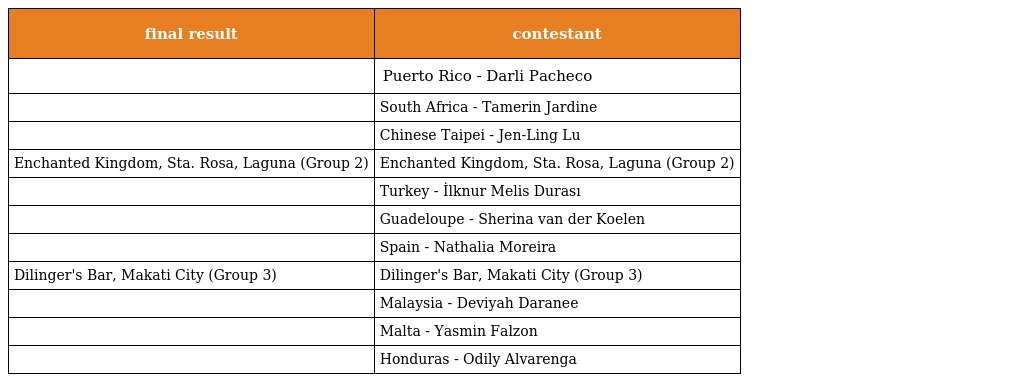
| final result | contestant |
 | --- | --- |
 |  | Puerto Rico - Darli Pacheco |
 |  | South Africa - Tamerin Jardine |
 |  | Chinese Taipei - Jen-Ling Lu |
 | Enchanted Kingdom, Sta. Rosa, Laguna (Group 2) | Enchanted Kingdom, Sta. Rosa, Laguna (Group 2) |
 |  | Turkey - İlknur Melis Durası |
 |  | Guadeloupe - Sherina van der Koelen |
 |  | Spain - Nathalia Moreira |
 | Dilinger's Bar, Makati City (Group 3) | Dilinger's Bar, Makati City (Group 3) |
 |  | Malaysia - Deviyah Daranee |
 |  | Malta - Yasmin Falzon |
 |  | Honduras - Odily Alvarenga |